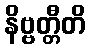
နိဗ္ဗတ္တီတိ